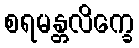
စရမန္တလိက္ခေ